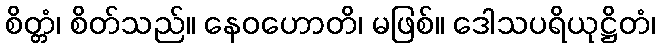
စိတ္တံ၊ စိတ်သည်။ နေဝဟောတိ၊ မဖြစ်။ ဒေါသပရိယုဋ္ဌိတံ၊